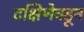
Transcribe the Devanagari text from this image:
दक्षिणेक्डून